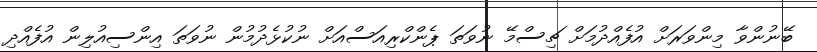
ބޭނުންވާ މިންވަރަށް އުފެއްދުމަށް ޗިސްމޭ ނުވަތަ ޕެންކްރިއަސްއަށް ނުކުޅެދުމުން ނުވަތަ އިންސިއުލިން އުފެއްދި